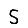
Digit: 5